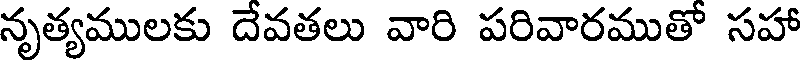
నృత్యములకు దేవతలు వారి పరివారముతో సహా